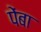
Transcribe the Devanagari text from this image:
पेंबा